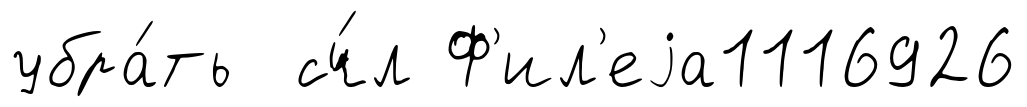
убра́ть сч́л Ф'ил'еjа1116926